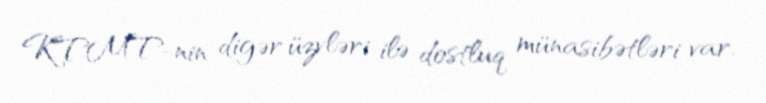
KTMT-nin digər üzvləri ilə dostluq münasibətləri var.